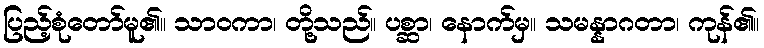
ပြည့်စုံတော်မူ၏။ သာဝကာ၊ တို့သည်။ ပစ္ဆာ၊ နောက်မှ။ သမန္နာဂတာ၊ ကုန်၏။